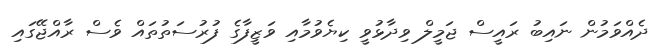
ދެއްވަމުން ނައިބު ރައީސް ޖަމީލް ވިދާޅުވީ ކިޔެވުމާއި ވަޒީފާގެ ފުރުސަތުތައް ވެސް ރާއްޖޭގައި